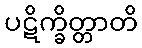
ပဋိက္ခိတ္တာတိ